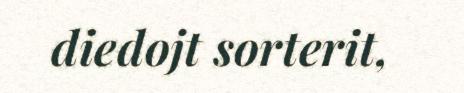
diedojt sorterit,